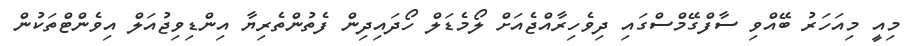
މިއީ މިއަހަރު ބޭއްވި ސާފްގޭމްސްގައި ދިވެހިރާއްޖެއަށް ލޯމެޑަލް ހޯދައިދިން ފެތުންތެރިޔާ އިންޑިވިޖުއަލް އިވެންޓްތަކުން